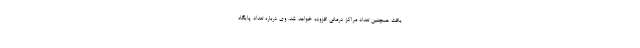
یافت همچنین تعداد مراکز درمانی افزوده خواهد شد. وی درباره تعداد پایگاه